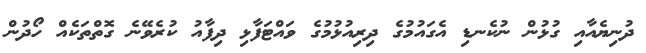
ދުނިޔެއާއި ގުޅުން ނުކެނޑި އެގައުމުގެ ދިރިއުޅުމުގެ ވައްޓަފާޅި ދިފާއު ކުރެވޭނެ ގޮތްތަކެއް ހޯދުން